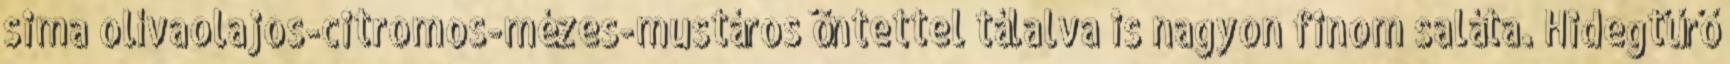
sima olívaolajos-citromos-mézes-mustáros öntettel tálalva is nagyon finom saláta. Hidegtűrő